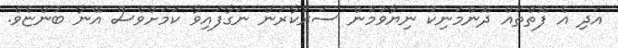
އަދި އެ ފޮތްތައް ދޮންމަނިކު ނިޔާވުމުން ސަރުކާރުން ނަގާފައިވާ ކަމަށްވެސް އޭނާ ބުންޏެވެ.